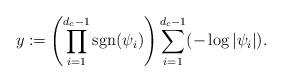
LaTeX: \begin{align*}y\coloneqq\left(\prod_{i=1}^{d_c-1} \operatorname{sgn}(\psi_i)\right)\sum_{i=1}^{d_c-1}(-\log|\psi_i|).\end{align*}